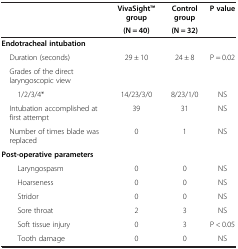
<table><thead><tr><td><b> </b></td><td><b>VivaSightTM group</b></td><td><b>Control group</b></td><td><b>P value</b></td></tr><tr><td><b> </b></td><td><b>(N = 40)</b></td><td><b>(N = 32)</b></td><td><b> </b></td></tr></thead><tbody><tr><td><b>Endotracheal intubation</b></td><td> </td><td> </td><td> </td></tr><tr><td> Duration (seconds)</td><td>29 ± 10</td><td>24 ± 8</td><td>P = 0.02</td></tr><tr><td> Grades of the direct laryngoscopic view</td><td> </td><td> </td><td> </td></tr><tr><td>1/2/3/4*</td><td>14/23/3/0</td><td>8/23/1/0</td><td>NS</td></tr><tr><td> Intubation accomplished at first attempt</td><td>39</td><td>31</td><td>NS</td></tr><tr><td> Number of times blade was replaced</td><td>0</td><td>1</td><td>NS</td></tr><tr><td><b>Post-operative parameters</b></td><td> </td><td> </td><td> </td></tr><tr><td>Laryngospasm</td><td>0</td><td>0</td><td>NS</td></tr><tr><td>Hoarseness</td><td>0</td><td>0</td><td>NS</td></tr><tr><td>Stridor</td><td>0</td><td>0</td><td>NS</td></tr><tr><td>Sore throat</td><td>2</td><td>3</td><td>NS</td></tr><tr><td>Soft tissue injury</td><td>0</td><td>3</td><td>P &lt; 0.05</td></tr><tr><td>Tooth damage</td><td>0</td><td>0</td><td>NS</td></tr></tbody></table>